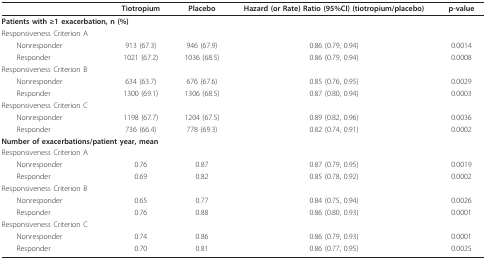
<table><thead><tr><td></td><td><b>Tiotropium</b></td><td><b>Placebo</b></td><td><b>Hazard (or Rate) Ratio (95%CI) (tiotropium/placebo)</b></td><td><b>p-value</b></td></tr></thead><tbody><tr><td colspan="5"><b>Patients with </b>≥<b>1 exacerbation, n (%)</b></td></tr><tr><td>Responsiveness Criterion A</td><td></td><td></td><td></td><td></td></tr><tr><td> Nonresponder</td><td>913 (67.3)</td><td>946 (67.9)</td><td>0.86 (0.79, 0.94)</td><td>0.0014</td></tr><tr><td> Responder</td><td>1021 (67.2)</td><td>1036 (68.5)</td><td>0.86 (0.79, 0.94)</td><td>0.0008</td></tr><tr><td>Responsiveness Criterion B</td><td></td><td></td><td></td><td></td></tr><tr><td> Nonresponder</td><td>634 (63.7)</td><td>676 (67.6)</td><td>0.85 (0.76, 0.95)</td><td>0.0029</td></tr><tr><td> Responder</td><td>1300 (69.1)</td><td>1306 (68.5)</td><td>0.87 (0.80, 0.94)</td><td>0.0003</td></tr><tr><td>Responsiveness Criterion C</td><td></td><td></td><td></td><td></td></tr><tr><td> Nonresponder</td><td>1198 (67.7)</td><td>1204 (67.5)</td><td>0.89 (0.82, 0.96)</td><td>0.0036</td></tr><tr><td> Responder</td><td>736 (66.4)</td><td>778 (69.3)</td><td>0.82 (0.74, 0.91)</td><td>0.0002</td></tr><tr><td colspan="5"><b>Number of exacerbations/patient year, mean</b></td></tr><tr><td>Responsiveness Criterion A</td><td></td><td></td><td></td><td></td></tr><tr><td> Nonresponder</td><td>0.76</td><td>0.87</td><td>0.87 (0.79, 0.95)</td><td>0.0019</td></tr><tr><td> Responder</td><td>0.69</td><td>0.82</td><td>0.85 (0.78, 0.92)</td><td>0.0002</td></tr><tr><td>Responsiveness Criterion B</td><td></td><td></td><td></td><td></td></tr><tr><td> Nonresponder</td><td>0.65</td><td>0.77</td><td>0.84 (0.75, 0.94)</td><td>0.0026</td></tr><tr><td> Responder</td><td>0.76</td><td>0.88</td><td>0.86 (0.80, 0.93)</td><td>0.0001</td></tr><tr><td>Responsiveness Criterion C</td><td></td><td></td><td></td><td></td></tr><tr><td> Nonresponder</td><td>0.74</td><td>0.86</td><td>0.86 (0.79, 0.93)</td><td>0.0001</td></tr><tr><td> Responder</td><td>0.70</td><td>0.81</td><td>0.86 (0.77, 0.95)</td><td>0.0025</td></tr></tbody></table>